Lunatic asylums Bombay report 1891-1903 - 1891-1903
Year: 1891
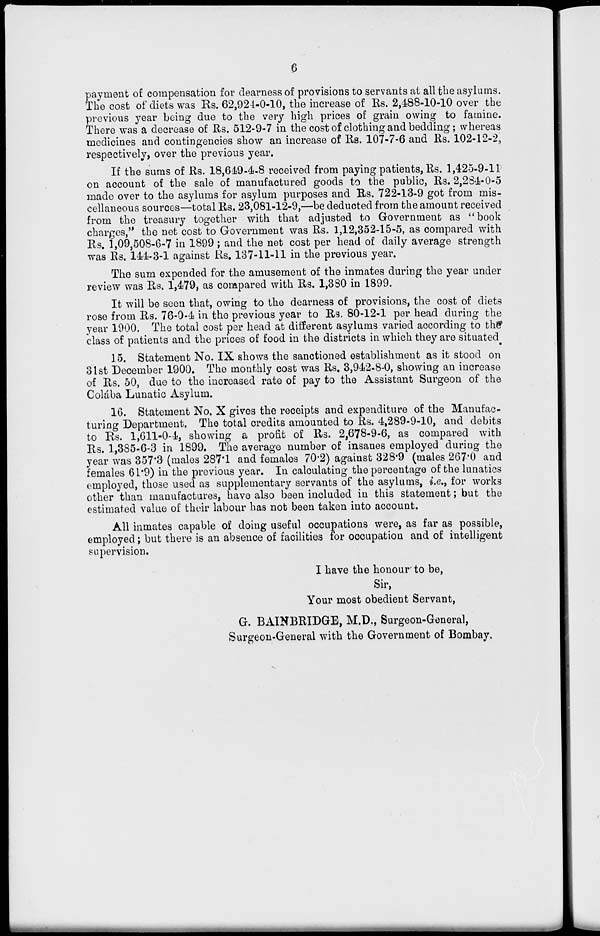
6
payment of compensation for dearness of provisions to servants at all the asylums.
The cost of diets was Rs. 62,924-0-10, the increase of Rs. 2,488-10-10 over the
previous year being due to the very high prices of grain owing to famine.
There was a decrease of Rs. 512-9-7 in the cost of clothing and bedding; whereas
medicines and contingencies show an increase of Rs. 107-7-6 and Rs. 102-12-2,
respectively, over the previous year.
If the sums of Rs. 18,649-4-8 received from paying patients, Rs. 1,425-9-11
on account of the sale of manufactured goods to the public, Rs. 2,284-0-5
made over to the asylums for asylum purposes and Rs. 722-13-9 got from mis-
cellaneous sources—total Rs. 23,081-12-9,—be deducted from the amount received
from the treasury together with that adjusted to Government as "book
charges,'' the net cost to Government was Rs. 1,12,352-15-5, as compared with
Rs. 1,09,508-6-7 in 1899 ; and the net cost per head of daily average strength
was Rs. 144-3-1 against Rs. 137-11-11 in the previous year.
The sum expended for the amusement of the inmates during the year under
review was Rs. 1,479, as compared with Rs. 1,380 in 1899.
It will be seen that, owing to the dearness of provisions, the cost of diets
rose from Rs. 76-0-4 in the previous year to Rs. 80-12-1 per head during the
year 1900. The total cost per head at different asylums varied according to the
class of patients and the prices of food in the districts in which they are situated
15. Statement No. IX shows the sanctioned establishment as it stood on
31st December 1900. The monthly cost was Rs. 3,942-8-0, showing an increase
of Rs. 50, due to the increased rate of pay to the Assistant Surgeon of the
Colába Lunatic Asylum.
16. Statement No. X gives the receipts and expenditure of the Manufac-
turing Department. The total credits amounted to Rs. 4,289-9-10, and debits
to Rs. 1,611-0-4, showing a profit of Rs. 2,678-9-6, as compared with
Rs. 1,385-6-3 in 1899. The average number of insanes employed during the
year was 357.3 (males 287.1 and females 70.2) against 328.9 (males 267.0 and
females 61.9) in the previous year. In calculating the percentage of the lunatics
employed, those used as supplementary servants of the asylums, i.e., for works
other than manufactures, have also been included in this statement; but the
estimated value of their labour has not been taken into account.
All inmates capable of doing useful occupations were, as far as possible,
employed ; but there is an absence of facilities for occupation and of intelligent
supervision.
I have the honour to be,
Sir,
Your most obedient Servant,
G. BAINBRIDGE, M.D., Surgeon-General,
Surgeon-General with the Government of Bombay.